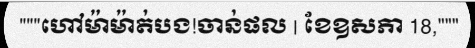
"""ហៅម៉ាម៉ាត់បង!ចាន់ផល | ខែឧសភា 18,"""